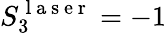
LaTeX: S_{3}^{\mathrm{~l~a~s~e~r~}}=-1